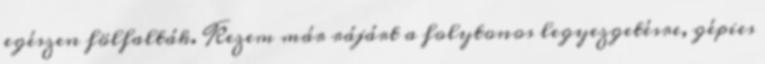
egészen fölfalták. Kezem már rájárt a folytonos legyezgetésre, gépies